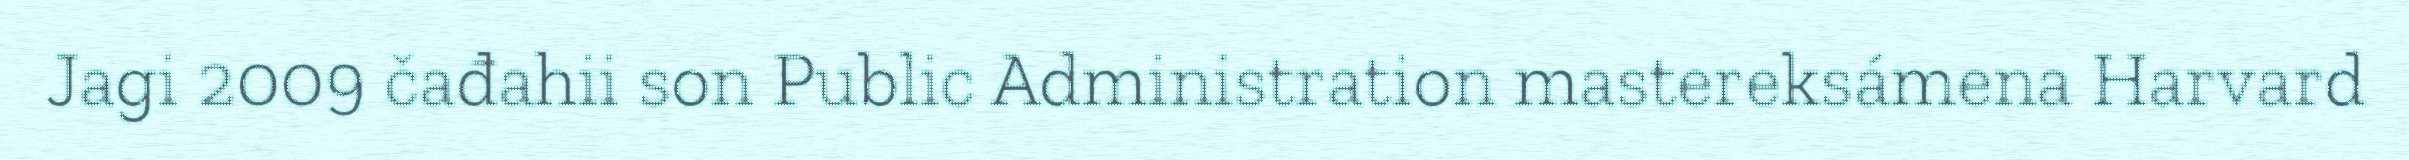
Jagi 2009 čađahii son Public Administration mastereksámena Harvard